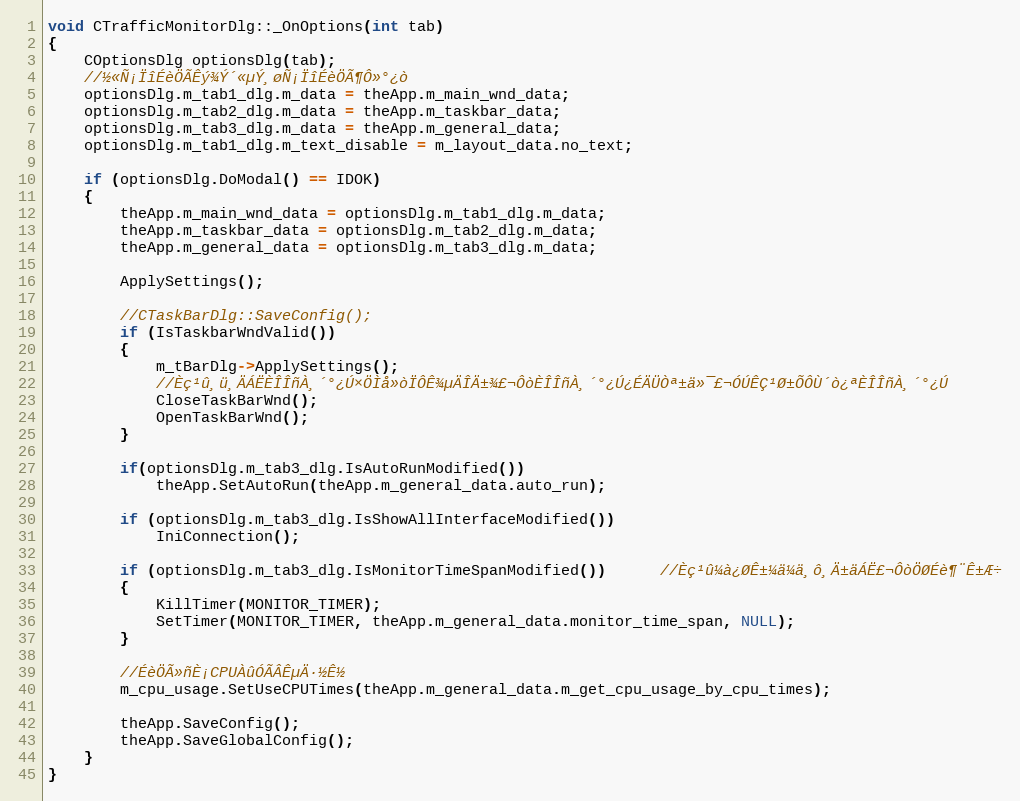
Language: C++
void CTrafficMonitorDlg::_OnOptions(int tab)
{
	COptionsDlg optionsDlg(tab);
	//½«Ñ¡ÏîÉèÖÃÊý¾Ý´«µÝ¸øÑ¡ÏîÉèÖÃ¶Ô»°¿ò
	optionsDlg.m_tab1_dlg.m_data = theApp.m_main_wnd_data;
	optionsDlg.m_tab2_dlg.m_data = theApp.m_taskbar_data;
	optionsDlg.m_tab3_dlg.m_data = theApp.m_general_data;
	optionsDlg.m_tab1_dlg.m_text_disable = m_layout_data.no_text;

	if (optionsDlg.DoModal() == IDOK)
	{
		theApp.m_main_wnd_data = optionsDlg.m_tab1_dlg.m_data;
		theApp.m_taskbar_data = optionsDlg.m_tab2_dlg.m_data;
		theApp.m_general_data = optionsDlg.m_tab3_dlg.m_data;

		ApplySettings();

		//CTaskBarDlg::SaveConfig();
		if (IsTaskbarWndValid())
		{
			m_tBarDlg->ApplySettings();
			//Èç¹û¸ü¸ÄÁËÈÎÎñÀ¸´°¿Ú×ÖÌå»òÏÔÊ¾µÄÎÄ±¾£¬ÔòÈÎÎñÀ¸´°¿Ú¿ÉÄÜÒª±ä»¯£¬ÓÚÊÇ¹Ø±ÕÔÙ´ò¿ªÈÎÎñÀ¸´°¿Ú
			CloseTaskBarWnd();
			OpenTaskBarWnd();
		}

		if(optionsDlg.m_tab3_dlg.IsAutoRunModified())
			theApp.SetAutoRun(theApp.m_general_data.auto_run);

		if (optionsDlg.m_tab3_dlg.IsShowAllInterfaceModified())
			IniConnection();

        if (optionsDlg.m_tab3_dlg.IsMonitorTimeSpanModified())      //Èç¹û¼à¿ØÊ±¼ä¼ä¸ô¸Ä±äÁË£¬ÔòÖØÉè¶¨Ê±Æ÷
        {
            KillTimer(MONITOR_TIMER);
            SetTimer(MONITOR_TIMER, theApp.m_general_data.monitor_time_span, NULL);
        }

		//ÉèÖÃ»ñÈ¡CPUÀûÓÃÂÊµÄ·½Ê½
		m_cpu_usage.SetUseCPUTimes(theApp.m_general_data.m_get_cpu_usage_by_cpu_times);

		theApp.SaveConfig();
		theApp.SaveGlobalConfig();
	}
}